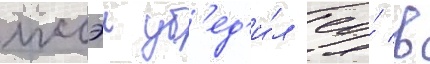
иссэи уб'ед'и́л ео́ в